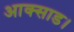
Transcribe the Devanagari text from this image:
आक्साड।